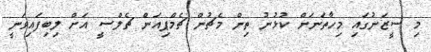
މި ސީޒަނުގައި މިހާތަނަށް ކުޅުނު ތިން މެޗުން ޗެމްޕިއަން ޗެލްސީ އަށް ލިބިފައިވަނީ